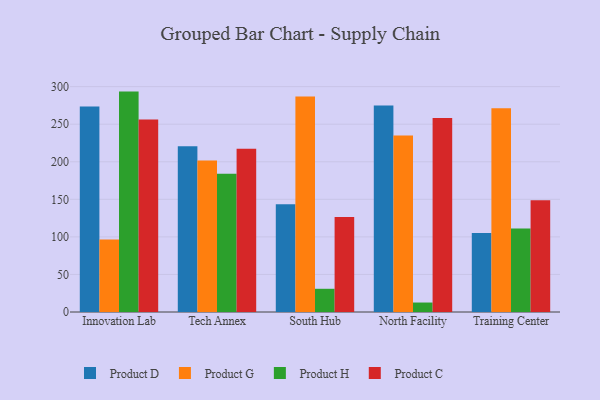
{"axis": {"x": "Campus", "y": "Active Users"}, "legend": ["Product C", "Product D", "Product G", "Product H"], "data": [{"x": "Innovation Lab", "y": 273.7, "type": "Product D"}, {"x": "Innovation Lab", "y": 96.5, "type": "Product G"}, {"x": "Innovation Lab", "y": 293.4, "type": "Product H"}, {"x": "Innovation Lab", "y": 256.2, "type": "Product C"}, {"x": "Tech Annex", "y": 220.5, "type": "Product D"}, {"x": "Tech Annex", "y": 201.8, "type": "Product G"}, {"x": "Tech Annex", "y": 184.1, "type": "Product H"}, {"x": "Tech Annex", "y": 217.2, "type": "Product C"}, {"x": "South Hub", "y": 143.3, "type": "Product D"}, {"x": "South Hub", "y": 286.8, "type": "Product G"}, {"x": "South Hub", "y": 30.9, "type": "Product H"}, {"x": "South Hub", "y": 126.5, "type": "Product C"}, {"x": "North Facility", "y": 274.8, "type": "Product D"}, {"x": "North Facility", "y": 234.8, "type": "Product G"}, {"x": "North Facility", "y": 12.6, "type": "Product H"}, {"x": "North Facility", "y": 258.2, "type": "Product C"}, {"x": "Training Center", "y": 105.0, "type": "Product D"}, {"x": "Training Center", "y": 271.1, "type": "Product G"}, {"x": "Training Center", "y": 111.3, "type": "Product H"}, {"x": "Training Center", "y": 148.8, "type": "Product C"}]}